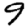
Digit: 9